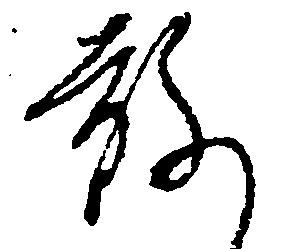
敢